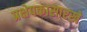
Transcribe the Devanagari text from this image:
प्रक्षेपकासारखे